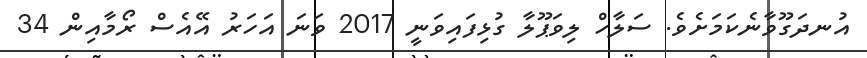
އުނދަގޫވާނެކަމަށެވެ. ސަލާހް ލިވަޕޫލާ ގުޅިފައިވަނީ 2017 ވަނަ އަހަރު އޭއެސް ރޯމާއިން 34